Vaccination United Provinces of Agra and Oudh 1914-1922 - 1914-1922
Year: 1914
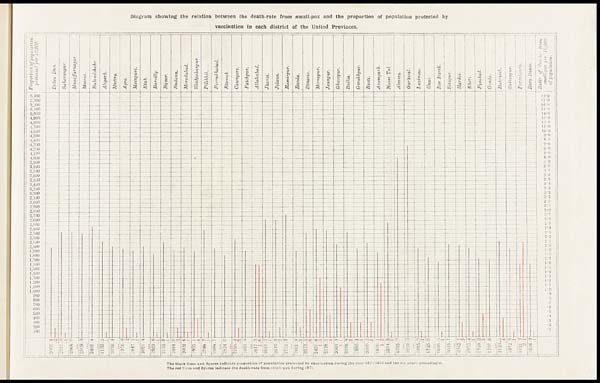
Diagram showing the relation between the death-rate from small-pox and the proportion of population protected by
vaccination in each district of the United Provinces.
The black lines and figures indicate proportion of population protected by vaccination during the year 1921-1922 and the six years preceding it.
The red lines and figures indicate the death-rate from small-pox during 1921.